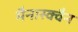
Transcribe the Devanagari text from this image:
मैनास्क्वैन